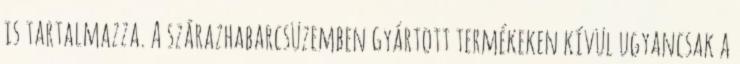
is tartalmazza. A szárazhabarcsüzemben gyártott termékeken kívül ugyancsak a